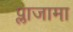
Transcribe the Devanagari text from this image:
प्लाजामा